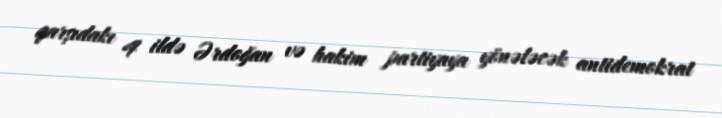
qarşıdakı 4 ildə Ərdoğan və hakim partiyaya yönələcək antidemokrat